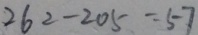
2 6 2 - 2 0 5 = 5 7